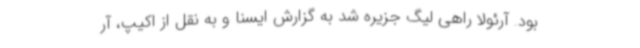
بود. آرئولا راهی لیگ جزیره شد به گزارش ایسنا و به نقل از اکیپ، آر